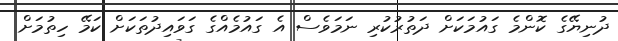
ދުނިޔޭގެ ކޮންމެ ގައުމަކަށް ދަތުރުކުރި ނަމަވެސް އެ ގައުމެއްގެ ގަވައިދުތަކަށް ކަމޭ ހިތުމަށް